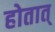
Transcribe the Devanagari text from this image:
होतात्